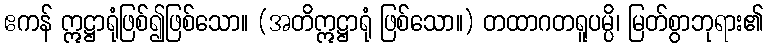
ဧကန် ဣဋ္ဌာရုံဖြစ်၍ဖြစ်သော။ (အတိဣဋ္ဌာရုံ ဖြစ်သော။) တထာဂတရူပမ္ပိ၊ မြတ်စွာဘုရား၏